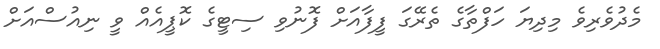
މެދުވެރިވެ މިދިޔަ ހަފްތާގެ ތެރޭގަ ފީފާއަށް ފޮނުވި ސިޓީގެ ކޮޕީއެއް ވީ ނިއުސްއަށް